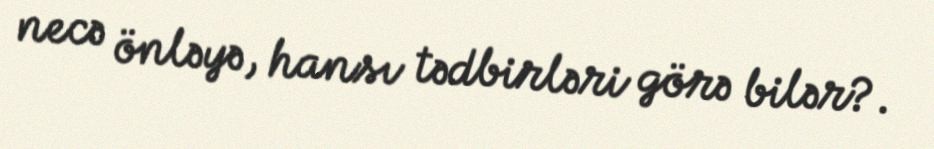
necə önləyə, hansı tədbirləri görə bilər?.